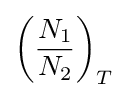
\left({\frac {N_{1}}{N_{2}}}\right)_{T}